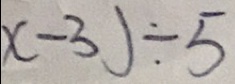
x - 3 ) \div 5